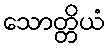
သောတ္တိယံ